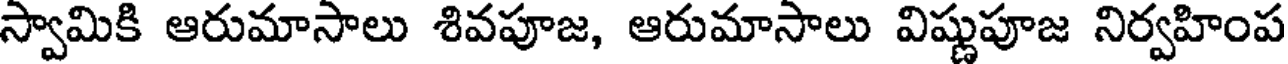
స్వామికి ఆరుమాసాలు శివపూజ, ఆరుమాసాలు విష్ణుపూజ నిర్వహింప